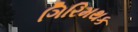
ગિરિમથક